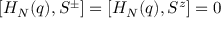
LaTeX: [ H _ { N } ( q ) , S ^ { \pm } ] = [ H _ { N } ( q ) , S ^ { z } ] = 0